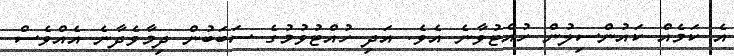
އެ ކަމެއް ކައުންސިލުން ހުއްޓުވާނެ އެވެ. އަދި ހުއްޓުވުމުގެ ސަބަބުން ދިމާވެދާނެ އެއްވެސް